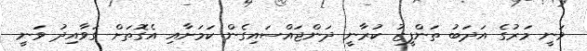
ވަނީ މަރުގެ އަދަބު ތަންފީޒު ކުރާނީ ދަންޖައްސައިގެން ކަމަށާއި އެގޮތަށް ގަވާއިދު ވަނީ